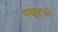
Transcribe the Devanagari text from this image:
पन्नूरचे